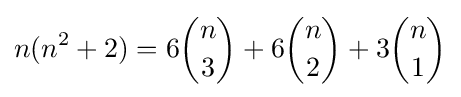
n(n^{2}+2)=6{\binom {n}{3}}+6{\binom {n}{2}}+3{\binom {n}{1}}